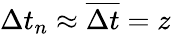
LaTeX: \Delta t_{n}\approx\overline{{\Delta t}}=z